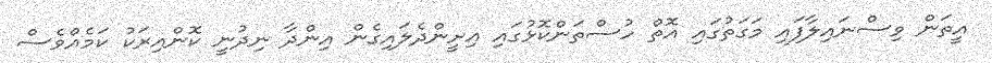
އީތަން ވިސްނައިލާފައި މަގަތުގައި އޮތް ހުސްތަންކޮޅުގައި އިށީންދެލައިގެން އިންދާ ނިދުނީ ކޮންއިރަކު ކަމެއްވެސް